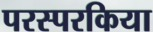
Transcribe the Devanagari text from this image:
परस्परकिया